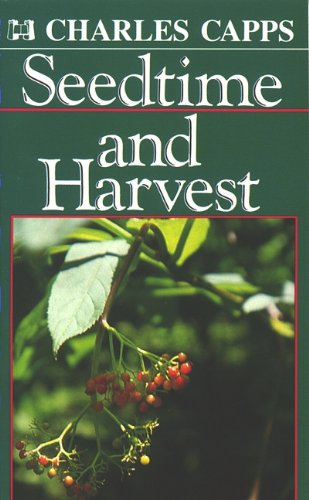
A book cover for Seedtime and Harvest; Charles Capps; Christian Books & Bibles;